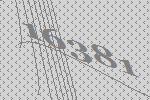
16381